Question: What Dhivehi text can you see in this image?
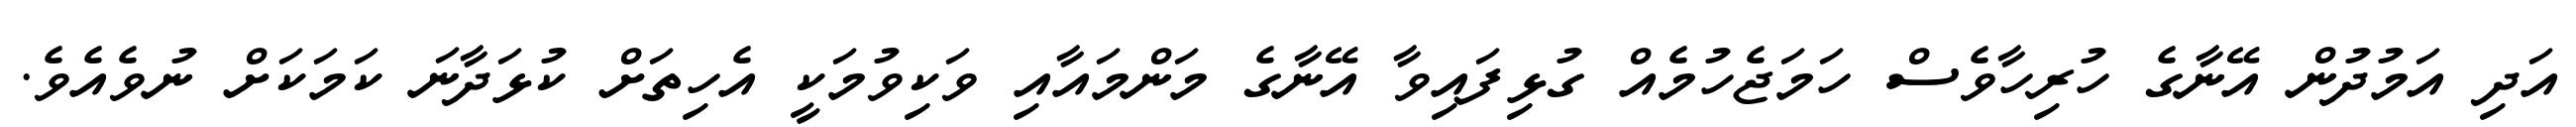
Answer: އަދި އަމުދުން އޭނާގެ ހުރިހާވެސް ހަމަޖެހުމެއް ގުޅިފައިވާ އޭނާގެ މަންމައާއި ވަކިވުމަކީ އެހިތަށް ކުޅަދާނަ ކަމަކަށް ނުވެއެވެ.